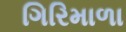
ગિરિમાળા